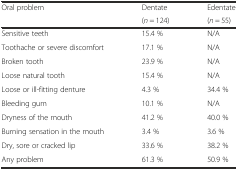
<table><thead><tr><td rowspan="2"><b>Oral problem</b></td><td><b>Dentate</b></td><td><b>Edentate</b></td></tr><tr><td><b>(<i>n</i> = 124)</b></td><td><b>(<i>n</i> = 55)</b></td></tr></thead><tbody><tr><td>Sensitive teeth</td><td>15.4 %</td><td>N/A</td></tr><tr><td>Toothache or severe discomfort</td><td>17.1 %</td><td>N/A</td></tr><tr><td>Broken tooth</td><td>23.9 %</td><td>N/A</td></tr><tr><td>Loose natural tooth</td><td>15.4 %</td><td>N/A</td></tr><tr><td>Loose or ill-fitting denture</td><td>4.3 %</td><td>34.4 %</td></tr><tr><td>Bleeding gum</td><td>10.1 %</td><td>N/A</td></tr><tr><td>Dryness of the mouth</td><td>41.2 %</td><td>40.0 %</td></tr><tr><td>Burning sensation in the mouth</td><td>3.4 %</td><td>3.6 %</td></tr><tr><td>Dry, sore or cracked lip</td><td>33.6 %</td><td>38.2 %</td></tr><tr><td>Any problem</td><td>61.3 %</td><td>50.9 %</td></tr></tbody></table>